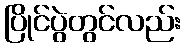
ပြိုင်ပွဲတွင်လည်း